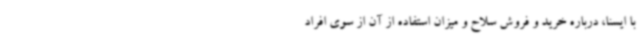
با ایسنا، درباره خرید و فروش سلاح و میزان استفاده از آن از سوی افراد